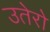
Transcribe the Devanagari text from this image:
उतेरो